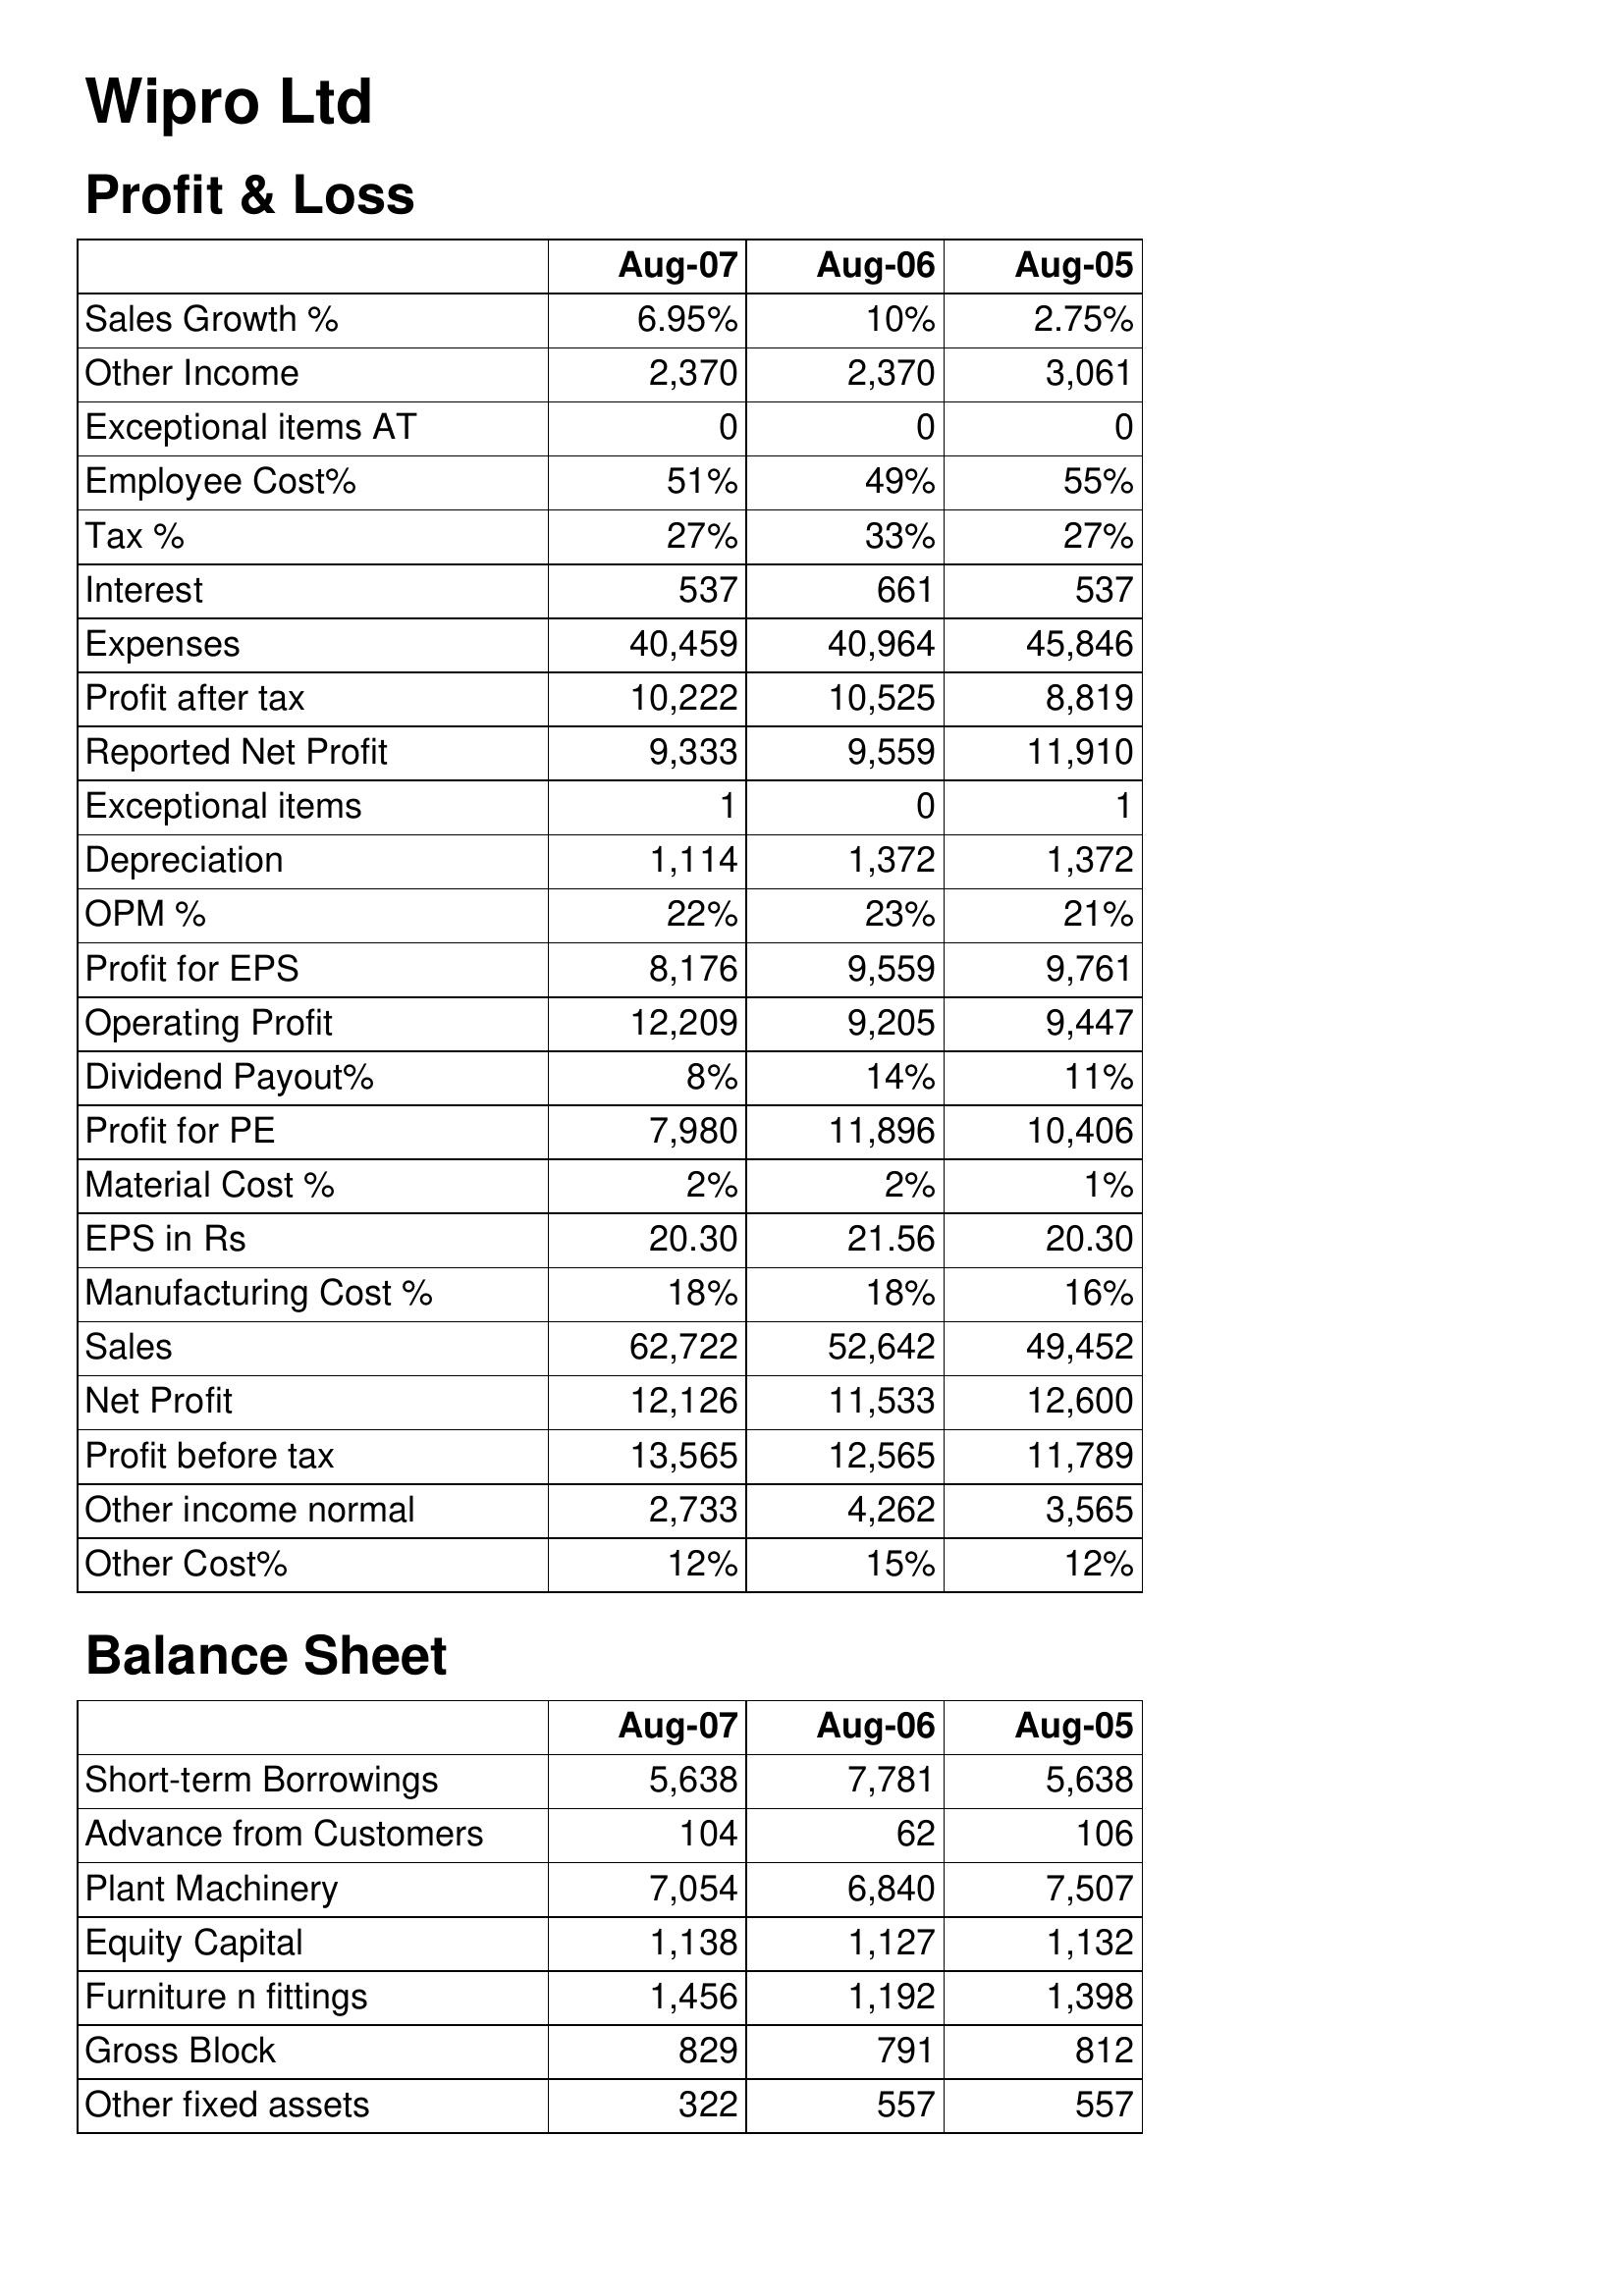
Aug-07: Profit & Loss: Sales Growth %: 6.95%
Other Income: 2,370
Exceptional items AT: 0
Employee Cost%: 51%
Tax %: 27%
Interest: 537
Expenses: 40,459
Profit after tax: 10,222
Reported Net Profit: 9,333
Exceptional items: 1
Depreciation: 1,114
OPM %: 22%
Profit for EPS: 8,176
Operating Profit: 12,209
Dividend Payout%: 8%
Profit for PE: 7,980
Material Cost %: 2%
EPS in Rs: 20.30
Manufacturing Cost %: 18%
Sales: 62,722
Net Profit: 12,126
Profit before tax: 13,565
Other income normal: 2,733
Other Cost%: 12%
Balance Sheet: Short-term Borrowings: 5,638
Advance from Customers: 104
Plant Machinery: 7,054
Equity Capital: 1,138
Furniture n fittings: 1,456
Gross Block: 829
Other fixed assets: 322
Aug-06: Profit & Loss: Sales Growth %: 10%
Other Income: 2,370
Exceptional items AT: 0
Employee Cost%: 49%
Tax %: 33%
Interest: 661
Expenses: 40,964
Profit after tax: 10,525
Reported Net Profit: 9,559
Exceptional items: 0
Depreciation: 1,372
OPM %: 23%
Profit for EPS: 9,559
Operating Profit: 9,205
Dividend Payout%: 14%
Profit for PE: 11,896
Material Cost %: 2%
EPS in Rs: 21.56
Manufacturing Cost %: 18%
Sales: 52,642
Net Profit: 11,533
Profit before tax: 12,565
Other income normal: 4,262
Other Cost%: 15%
Balance Sheet: Short-term Borrowings: 7,781
Advance from Customers: 62
Plant Machinery: 6,840
Equity Capital: 1,127
Furniture n fittings: 1,192
Gross Block: 791
Other fixed assets: 557
Aug-05: Profit & Loss: Sales Growth %: 2.75%
Other Income: 3,061
Exceptional items AT: 0
Employee Cost%: 55%
Tax %: 27%
Interest: 537
Expenses: 45,846
Profit after tax: 8,819
Reported Net Profit: 11,910
Exceptional items: 1
Depreciation: 1,372
OPM %: 21%
Profit for EPS: 9,761
Operating Profit: 9,447
Dividend Payout%: 11%
Profit for PE: 10,406
Material Cost %: 1%
EPS in Rs: 20.30
Manufacturing Cost %: 16%
Sales: 49,452
Net Profit: 12,600
Profit before tax: 11,789
Other income normal: 3,565
Other Cost%: 12%
Balance Sheet: Short-term Borrowings: 5,638
Advance from Customers: 106
Plant Machinery: 7,507
Equity Capital: 1,132
Furniture n fittings: 1,398
Gross Block: 812
Other fixed assets: 557